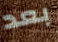
بعد